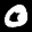
Label: 0